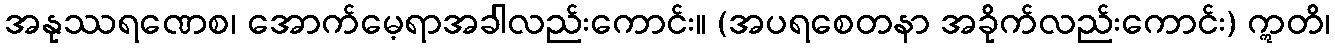
အနုဿရဏေစ၊ အောက်မေ့ရာအခါလည်းကောင်း။ (အပရစေတနာ အခိုက်လည်းကောင်း) ဣတိ၊